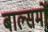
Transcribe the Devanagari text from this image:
बाल्समों